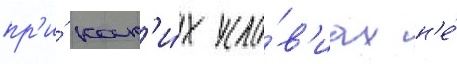
пр'и́ как'и́х усло́в'иах н'е́